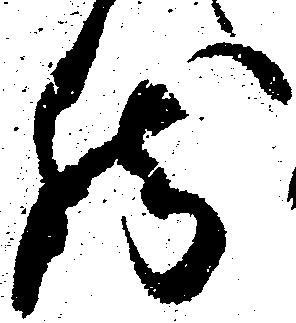
然